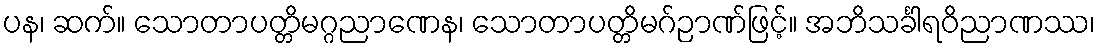
ပန၊ ဆက်။ သောတာပတ္တိမဂ္ဂညာဏေန၊ သောတာပတ္တိမဂ်ဉာဏ်ဖြင့်။ အဘိသင်္ခါရဝိညာဏဿ၊